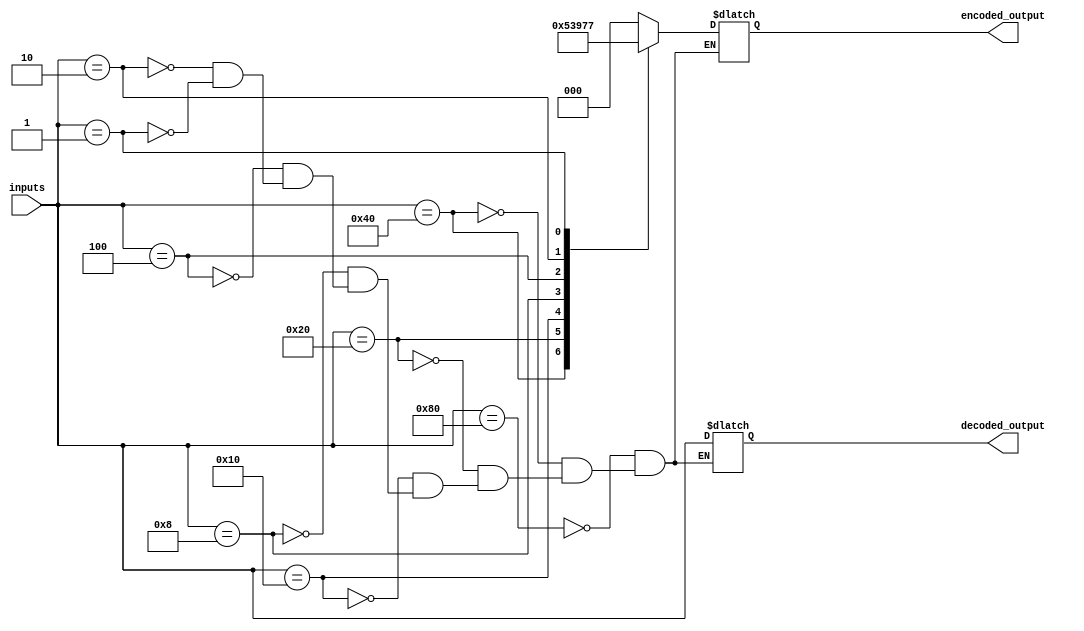
module priority_encoder_decoder (
  input [7:0] inputs,
  output reg [2:0] encoded_output,
  output reg [7:0] decoded_output
);

always @* begin
  case(inputs)
    8'b10000000: begin
      encoded_output = 3'b000;
      decoded_output = inputs;
    end
    8'b01000000: begin
      encoded_output = 3'b001;
      decoded_output = inputs;
    end
    8'b00100000: begin
      encoded_output = 3'b010;
      decoded_output = inputs;
    end
    8'b00010000: begin
      encoded_output = 3'b011;
      decoded_output = inputs;
    end
    8'b00001000: begin
      encoded_output = 3'b100;
      decoded_output = inputs;
    end
    8'b00000100: begin
      encoded_output = 3'b101;
      decoded_output = inputs;
    end
    8'b00000010: begin
      encoded_output = 3'b110;
      decoded_output = inputs;
    end
    8'b00000001: begin
      encoded_output = 3'b111;
      decoded_output = inputs;
    end
  endcase
end

endmodule